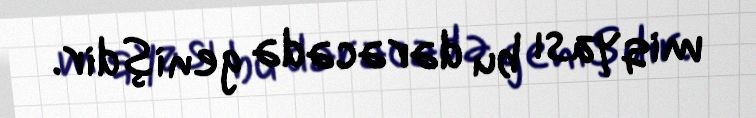
miqyası bu dərəcədə genişdir.